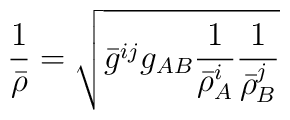
\frac{1}{\bar{\rho}}= \sqrt{\bar{g}^{ij}g_{AB}\frac{1}{\bar{\rho}^{i}_{A}}\frac{1}{\bar{\rho}^{j}_{B}}}